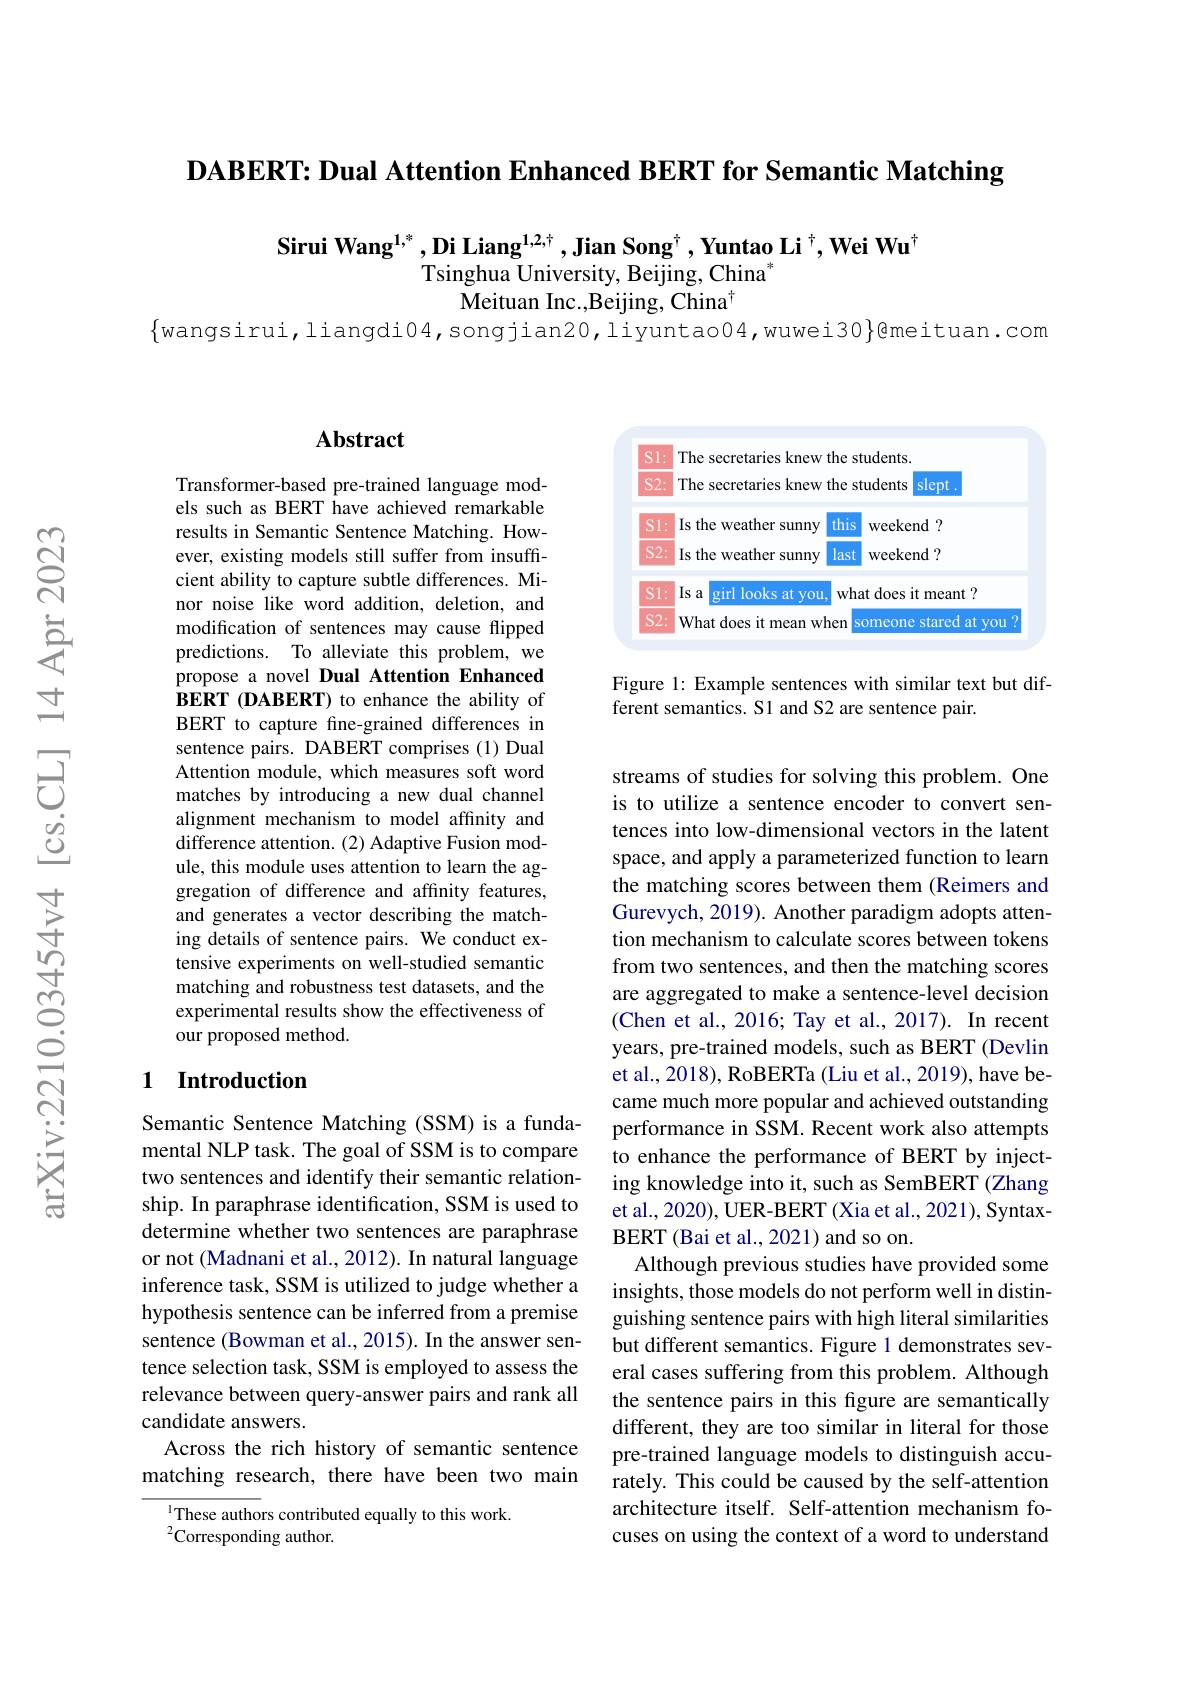
DABERT: Dual Attention Enhanced BERT for Semantic Matching

Sirui Wang$^{1,*},\textbf{Di Liang}^{1,2,\dagger}$,Jian Song$^\dagger,\textbf{Yuntao Li}^\dagger,\textbf{Wei Wu}^\dagger$
Tsinghua University, Beijing, China"
$\bar{\text{Meituan Inc.,Beijing, China}}^{\dagger}$

## $\mathbf{Abstract}$

Transformer-based pre-trained language models such as BERT have achieved remarkable results in Semantic Sentence Matching. However, existing models still suffer from insufficient ability to capture subtle differences. Minor noise like word addition, deletion, and modification of sentences may cause flipped predictions. To alleviate this problem, we propose a novel Dual Attention Enhanced BERT (DABERT) to enhance the ability of BERT to capture fine-grained differences in sentence pairs. DABERT comprises (1) Dual Attention module, which measures soft word matches by introducing a new dual channel alignment mechanism to model affinity and difference attention. (2) Adaptive Fusion module, this module uses attention to learn the aggregation of difference and affinity features, and generates a vector describing the matching details of sentence pairs. We conduct extensive experiments on well-studied semantic matching and robustness test datasets, and the experimental results show the effectiveness of our proposed method.

## 1 Introduction

Semantic Sentence Matching (SSM) is a fundamental NLP task. The goal of SSM is to compare two sentences and identify their semantic relationship. In paraphrase identification, SSM is used to determine whether two sentences are paraphrase or not (Madnani et al., 2012). In natural language inference task, SSM is utilized to judge whether a hypothesis sentence can be inferred from a premise sentence (Bowman et al., 2015). In the answer sentence selection task, SSM is employed to assess the relevance between query-answer pairs and rank all candidate answers.
Across the rich history of semantic sentence matching research, there have been two main

$^{\mathrm{l}}$These authors contributed equally to this work.
${}^{2}$Corresponding author.

<FigureHere>

Figure 1: Example sentences with similar text but dif-
ferent semantics. S1 and S2 are sentence pair.

streams of studies for solving this problem. One is to utilize a sentence encoder to convert sentences into low-dimensional vectors in the latent space, and apply a parameterized function to learn the matching scores between them (Reimers and Gurevych, 2019). Another paradigm adopts attention mechanism to calculate scores between tokens from two sentences, and then the matching scores are aggregated to make a sentence-level decision (Chen et al., 2016; Tay et al., 2017). In recent years, pre-trained models, such as BERT (Devlin et al., 2018), RoBERTa (Liu et al., 2019), have became much more popular and achieved outstanding performance in SSM. Recent work also attempts to enhance the performance of BERT by injecting knowledge into it, such as SemBERT (Zhang et al., 2020), UER-BERT (Xia et al., 2021), SyntaxBERT (Bai et al., 2021) and so on.
Although previous studies have provided some insights, those models do not perform well in distinguishing sentence pairs with high literal similarities but different semantics. Figure 1 demonstrates several cases suffering from this problem. Although the sentence pairs in this figure are semantically different, they are too similar in literal for those pre-trained language models to distinguish accurately. This could be caused by the self-attention architecture itself. Self-attention mechanism focuses on using the context of a word to understand